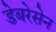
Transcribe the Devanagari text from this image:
डेबरेसेन